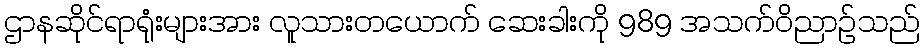
ဌာနဆိုင်ရာရုံးများအား လူသားတယောက် ဆေးခါးကို 989 အသက်ဝိညာဉ်သည်